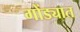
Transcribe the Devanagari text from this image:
गोंड्यात